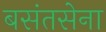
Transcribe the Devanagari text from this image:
बसंतसेना